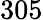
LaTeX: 305